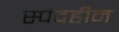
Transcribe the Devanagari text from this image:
स्पंदहीन